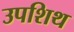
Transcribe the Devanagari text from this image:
उपशिथ